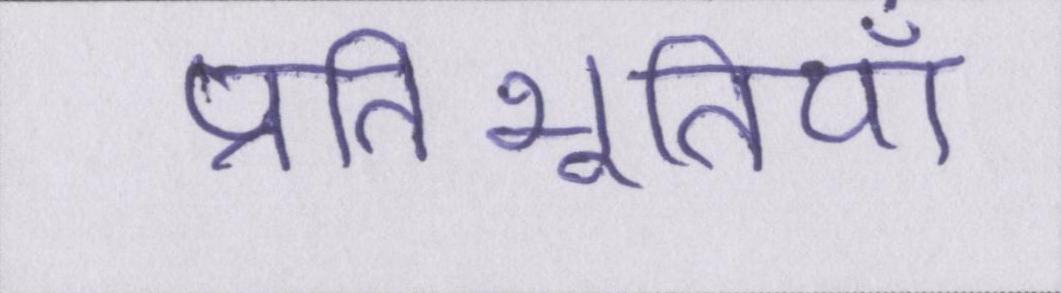
प्रतिभूतियाँ